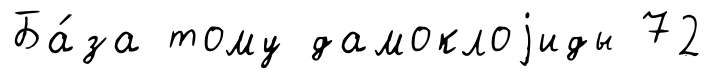
Ба́за тому дамоклоjиды 72